Lunatic asylums United Provinces 1909-1921 - 1909-1921
Year: 1909
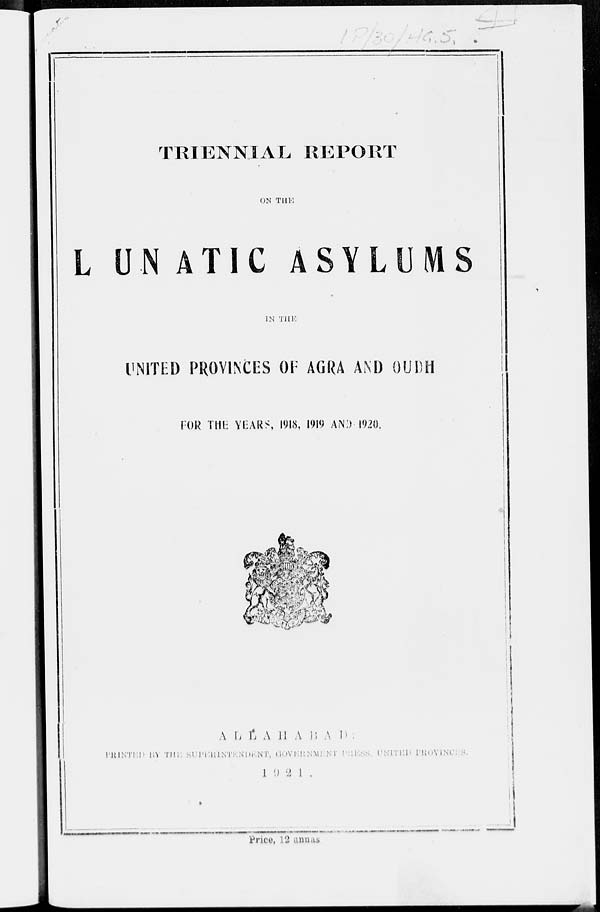
TRIENNIAL REPORT
ON THE
LUNATIC ASYLUMS
IN THE
UNITED PROVINCES OF AGRA AND OUDH
FOR THE YEARS, 1918, 1919 AND 1920.
A L L A H A B A D .
PRINTED BY THE SUPERINTENDENT, GOVERNMENT PRESS, UNITED PROVINCES
1921.
Price. 12 annas